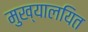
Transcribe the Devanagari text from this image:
मुख्यालयित